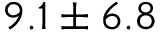
9 . 1 \pm 6 . 8